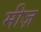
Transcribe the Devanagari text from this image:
मीज़